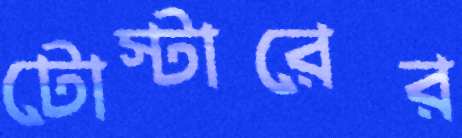
টোস্টারের